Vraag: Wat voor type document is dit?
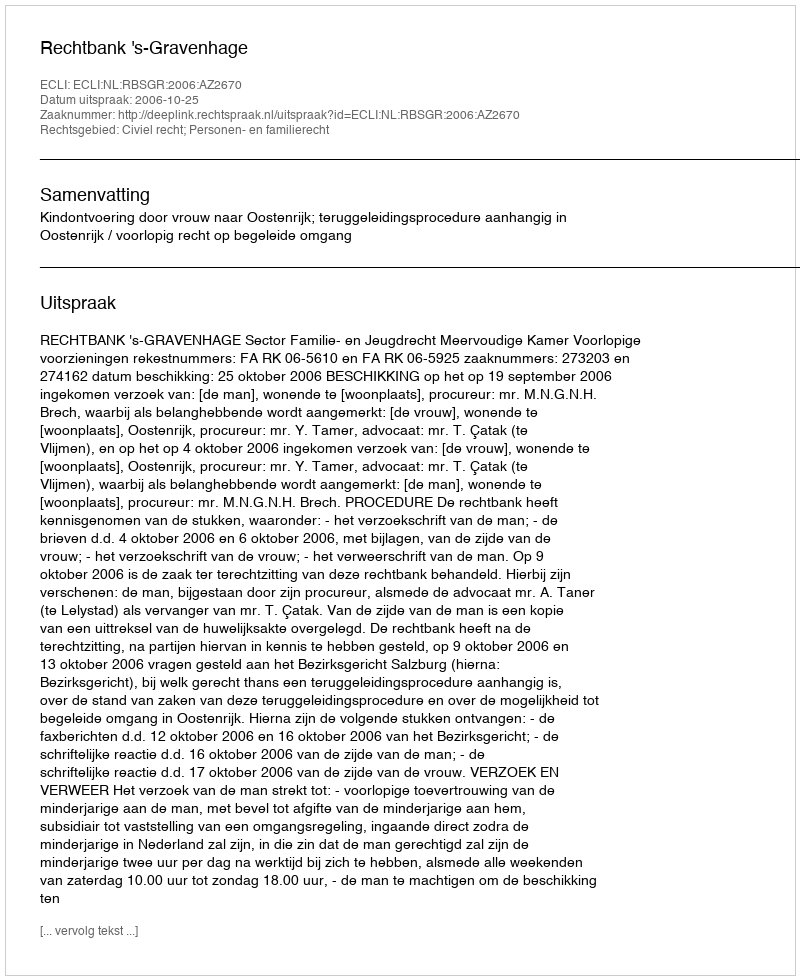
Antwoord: Uitspraak